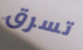
تسرق